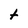
Character: t